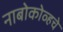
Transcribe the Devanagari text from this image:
नाबोकोव्हचे